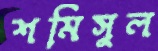
শমিসুল